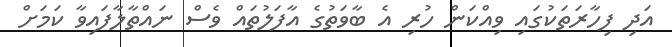
އަދި ފިހާރަތަކުގައި ވިއްކަން ހުރި އެ ބާވަތުގެ އާފަލުތައް ވެސް ނައްތާލާފައިވާ ކަމަށް